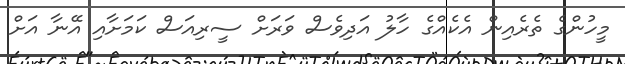
މީހުންގެ ތެރެއިން އެކެއްގެ ހާލު އަދިވެސް ވަރަށް ސީރިއަސް ކަމަށާއި އޭނާ އަށް